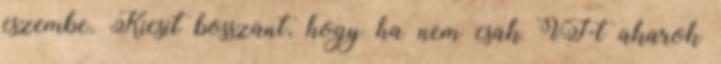
eszembe. Kicsit bosszant, hogy ha nem csak VI-t akarok